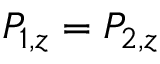
P _ { 1 , z } = P _ { 2 , z }